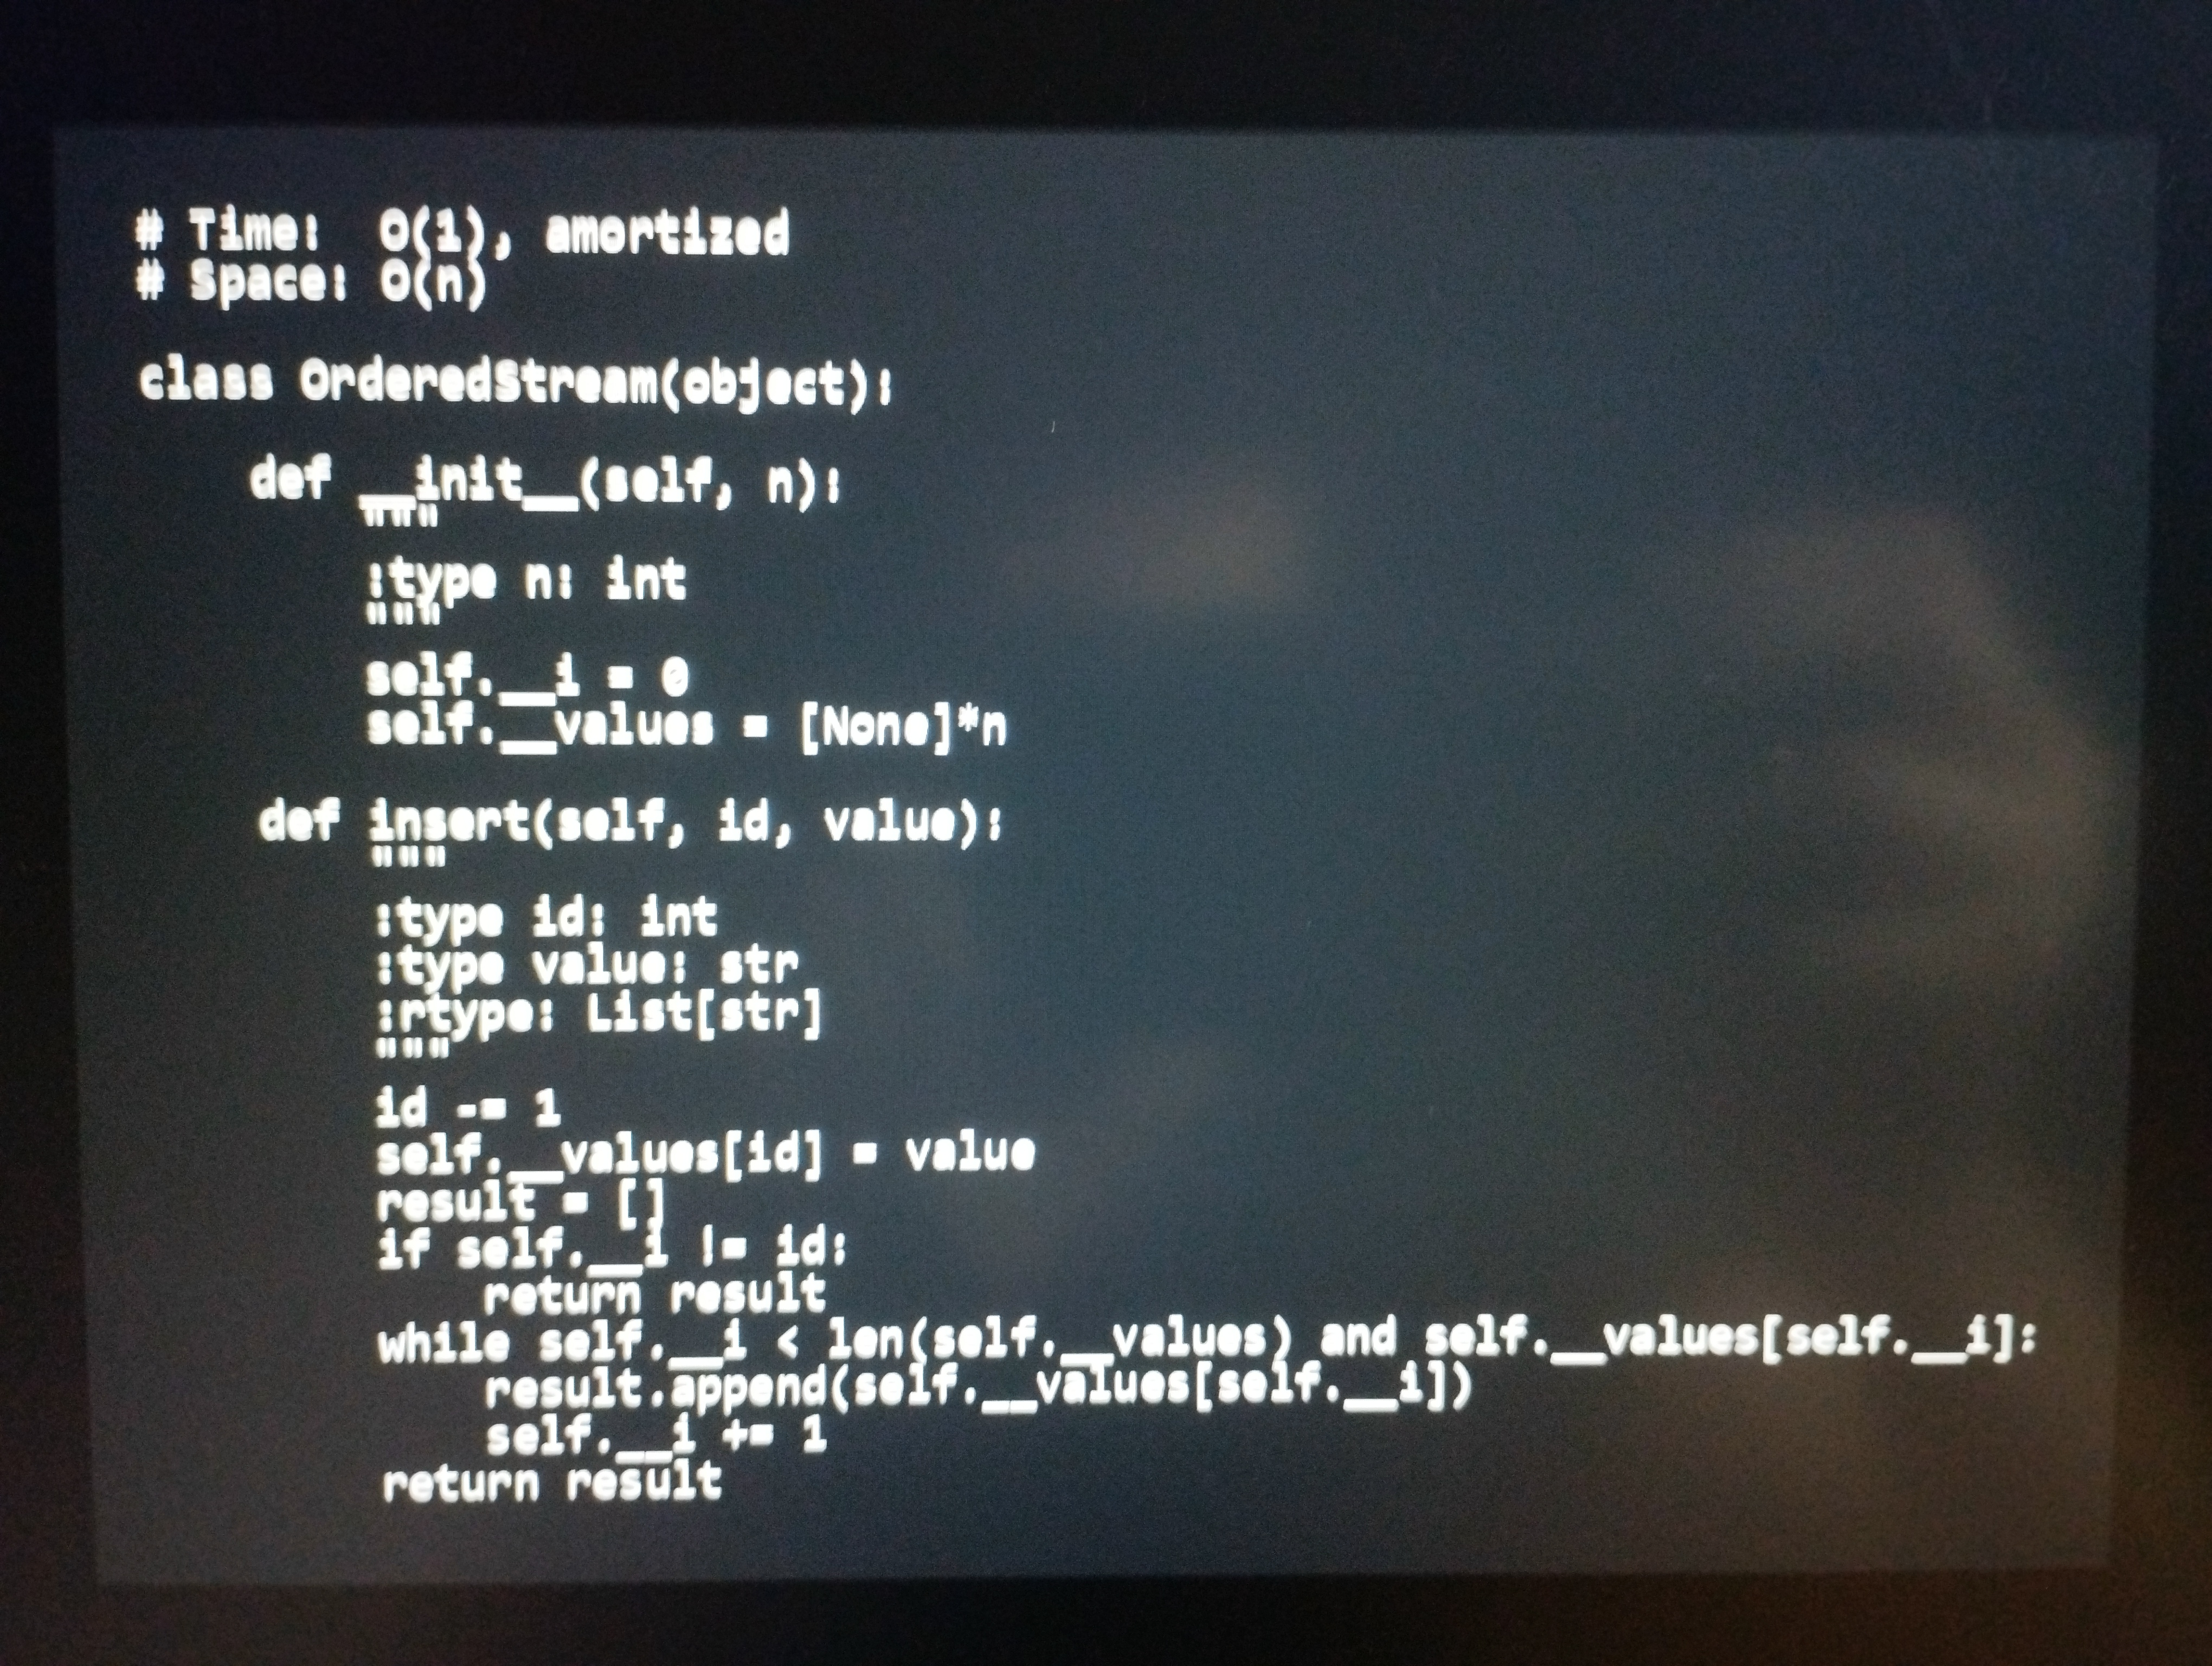
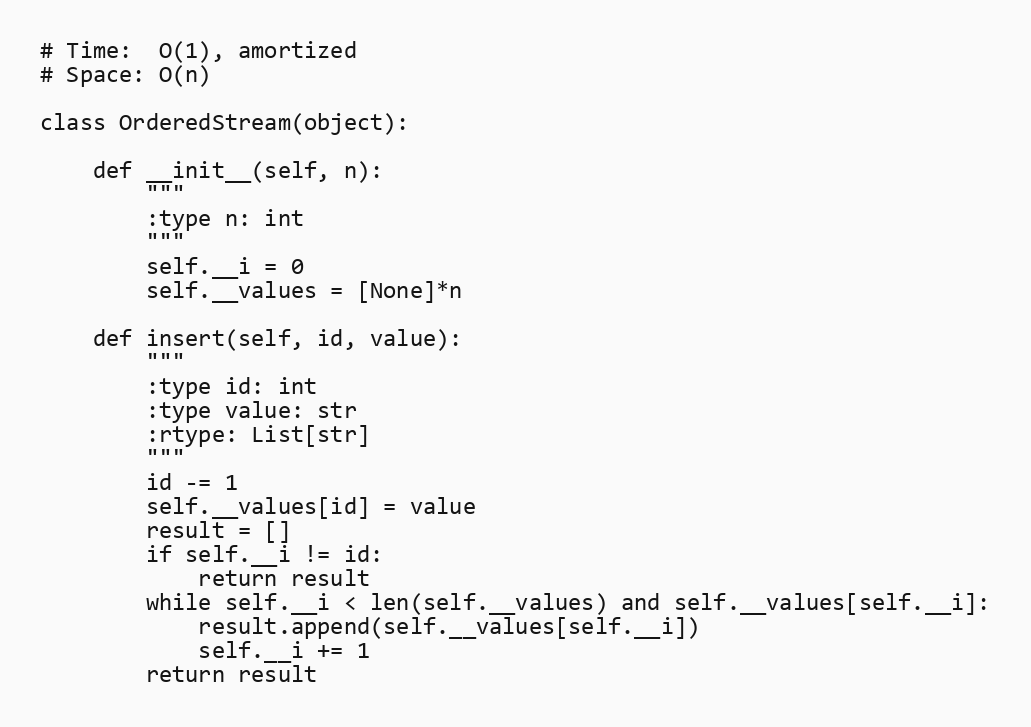
# Time:  O(1), amortized
# Space: O(n)

class OrderedStream(object):

    def __init__(self, n):
        """
        :type n: int
        """
        self.__i = 0
        self.__values = [None]*n

    def insert(self, id, value):
        """
        :type id: int
        :type value: str
        :rtype: List[str]
        """
        id -= 1
        self.__values[id] = value
        result = []
        if self.__i != id:
            return result
        while self.__i < len(self.__values) and self.__values[self.__i]:
            result.append(self.__values[self.__i])
            self.__i += 1
        return result